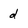
Character: d